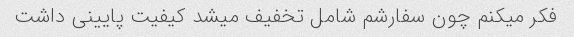
فکر میکنم چون سفارشم شامل تخفیف میشد کیفیت پایینی داشت